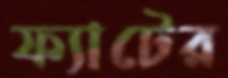
ফ্যাটের